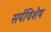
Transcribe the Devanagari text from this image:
सर्पविशेष